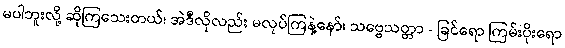
မပါဘူးလို့ ဆိုကြသေးတယ်၊ အဲဒီလိုလည်း မလုပ်ကြနဲ့နော်၊ သဗ္ဗေသတ္တာ - ခြင်ရော ကြမ်းပိုးရော